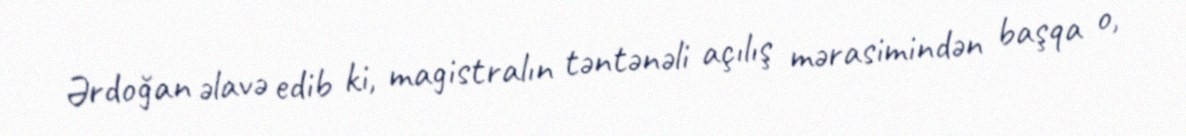
Ərdoğan əlavə edib ki, magistralın təntənəli açılış mərasimindən başqa o,